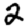
Digit: 2